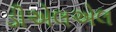
ડીએલએલ